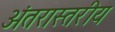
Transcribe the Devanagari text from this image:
अंतरास्तरीय